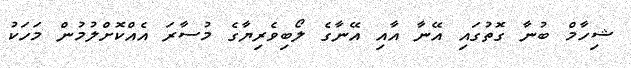
ޝިހާމް ބުނާ ގޮތުގައި އޭނާ އާއި އޭނާގެ ލޯބިވެރިޔާގެ މުސާރަ އެއްކޮށްލުމުން މަހަކު